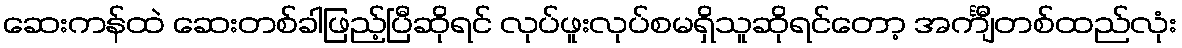
ဆေးကန်ထဲ ဆေးတစ်ခါဖြည့်ပြီဆိုရင် လုပ်ဖူးလုပ်စမရှိသူဆိုရင်တော့ အင်္ကျီတစ်ထည်လုံး